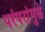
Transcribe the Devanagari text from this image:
परंपरांमुळे